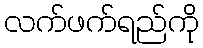
လက်ဖက်ရည်ကို